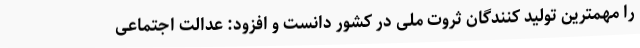
را مهمترین تولید کنندگان ثروت ملی در کشور دانست و افزود: عدالت اجتماعی